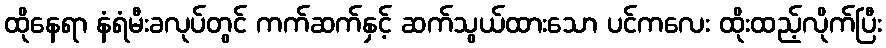
ထိုနေရာ နံရံမီးခလုပ်တွင် ကက်ဆက်နှင့် ဆက်သွယ်ထားသော ပင်ကလေး ထိုးထည့်လိုက်ပြီး